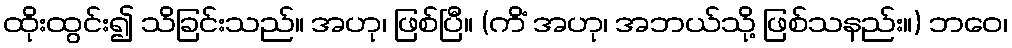
ထိုးထွင်း၍ သိခြင်းသည်။ အဟု၊ ဖြစ်ပြီ။ (ကိံ အဟု၊ အဘယ်သို့ ဖြစ်သနည်း။) ဘဝေ၊